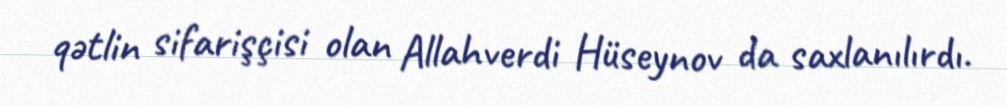
qətlin sifarişçisi olan Allahverdi Hüseynov da saxlanılırdı.